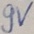
Text: 9V